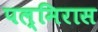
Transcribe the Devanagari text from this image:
पल्मिरास